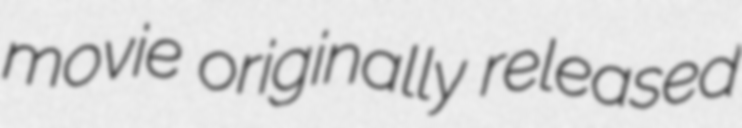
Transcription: movie originally released